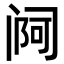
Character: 𬮰